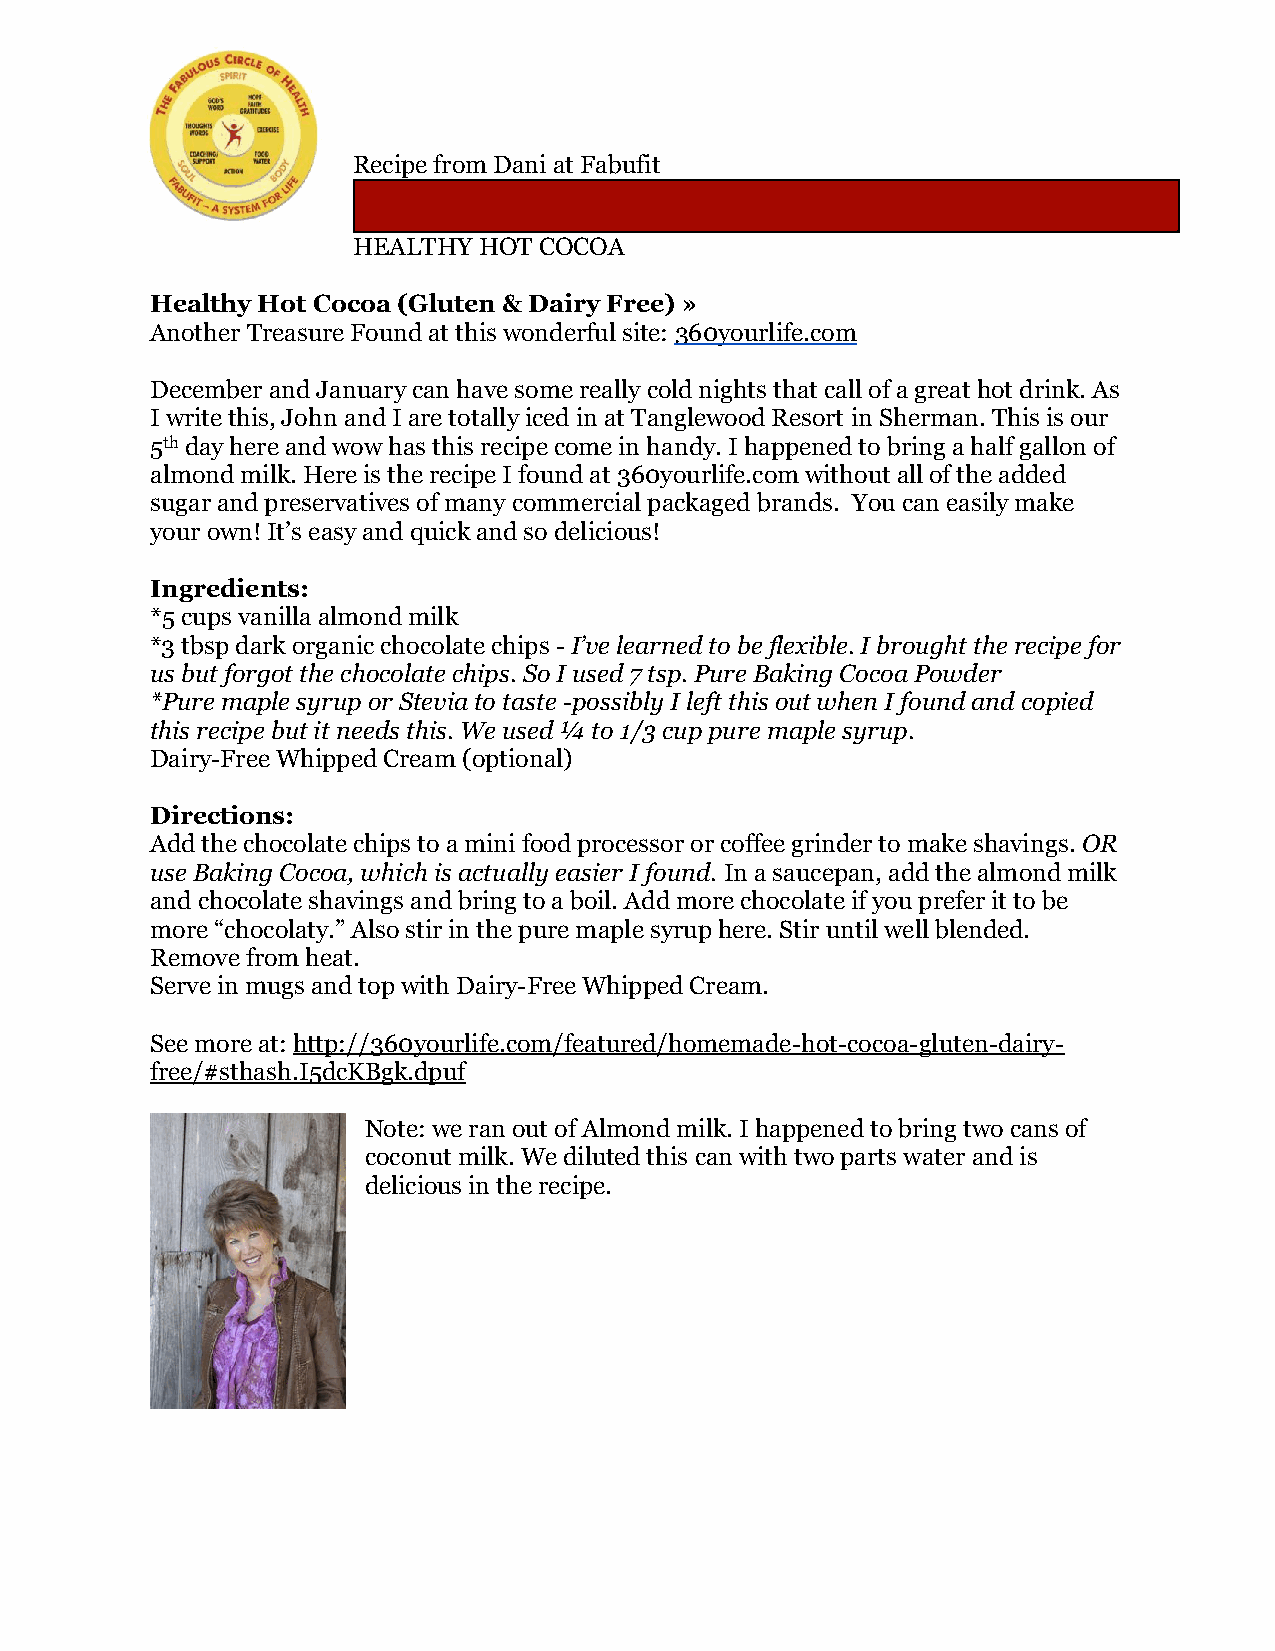
Recipe from Dani at Fabufit
 HEALTHY  HOT COCOA
 Healthy Hot Cocoa (Gluten & Dairy Free) »
 Another Treasure Found at this wonderful site: 360yourlife.com
 December and January can have some really cold nights that call of a great hot drink. As
 I write this, John and I are totally iced in at Tanglewood Resort in Sherman. This is our
 5th day here and wow has this recipe come in handy. I happened to bring a half gallon of
 almond milk. Here is the recipe I found at 360yourlife.com without all of the added
 sugar and preservatives of many commercial packaged brands. You can easily make
 your own! It’s easy and quick and so delicious!
 Ingredients:
 *5 cups vanilla almond milk
 *3 tbsp dark organic chocolate chips - I’ve learned to be flexible. I brought the recipe for
 us but forgot the chocolate chips. So I used 7 tsp. Pure Baking Cocoa Powder
 *Pure maple syrup or Stevia to taste -possibly I left this out when I found and copied
 this recipe but it needs this. We used ¼ to 1/3 cup pure maple syrup.
 Dairy-Free Whipped Cream (optional)
 Directions:
 Add the chocolate chips to a mini food processor or coffee grinder to make shavings. OR
 use Baking Cocoa, which is actually easier I found. In a saucepan, add the almond milk
 and chocolate shavings and bring to a boil. Add more chocolate if you prefer it to be
 more “chocolaty.” Also stir in the pure maple syrup here. Stir until well blended.
 Remove from heat.
 Serve in mugs and top with Dairy-Free Whipped Cream.
 See more at: http://360yourlife.com/featured/homemade-hot-cocoa-gluten-dairy-
 free/#sthash.I5dcKBgk.dpuf
 Note: we ran out of Almond milk. I happened to bring two cans of
 coconut milk. We diluted this can with two parts water and is
 delicious in the recipe.